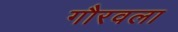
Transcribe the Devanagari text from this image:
गौरवला